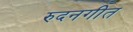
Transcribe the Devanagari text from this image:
रुदनगीत